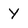
Character: Y